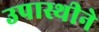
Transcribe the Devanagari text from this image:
उपास्थीने